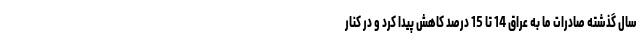
سال گذشته صادرات ما به عراق 14 تا 15 درصد کاهش پیدا کرد و در کنار